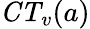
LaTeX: {\mathit{CT}}_{v}(a)